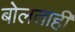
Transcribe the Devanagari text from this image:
बोलताही